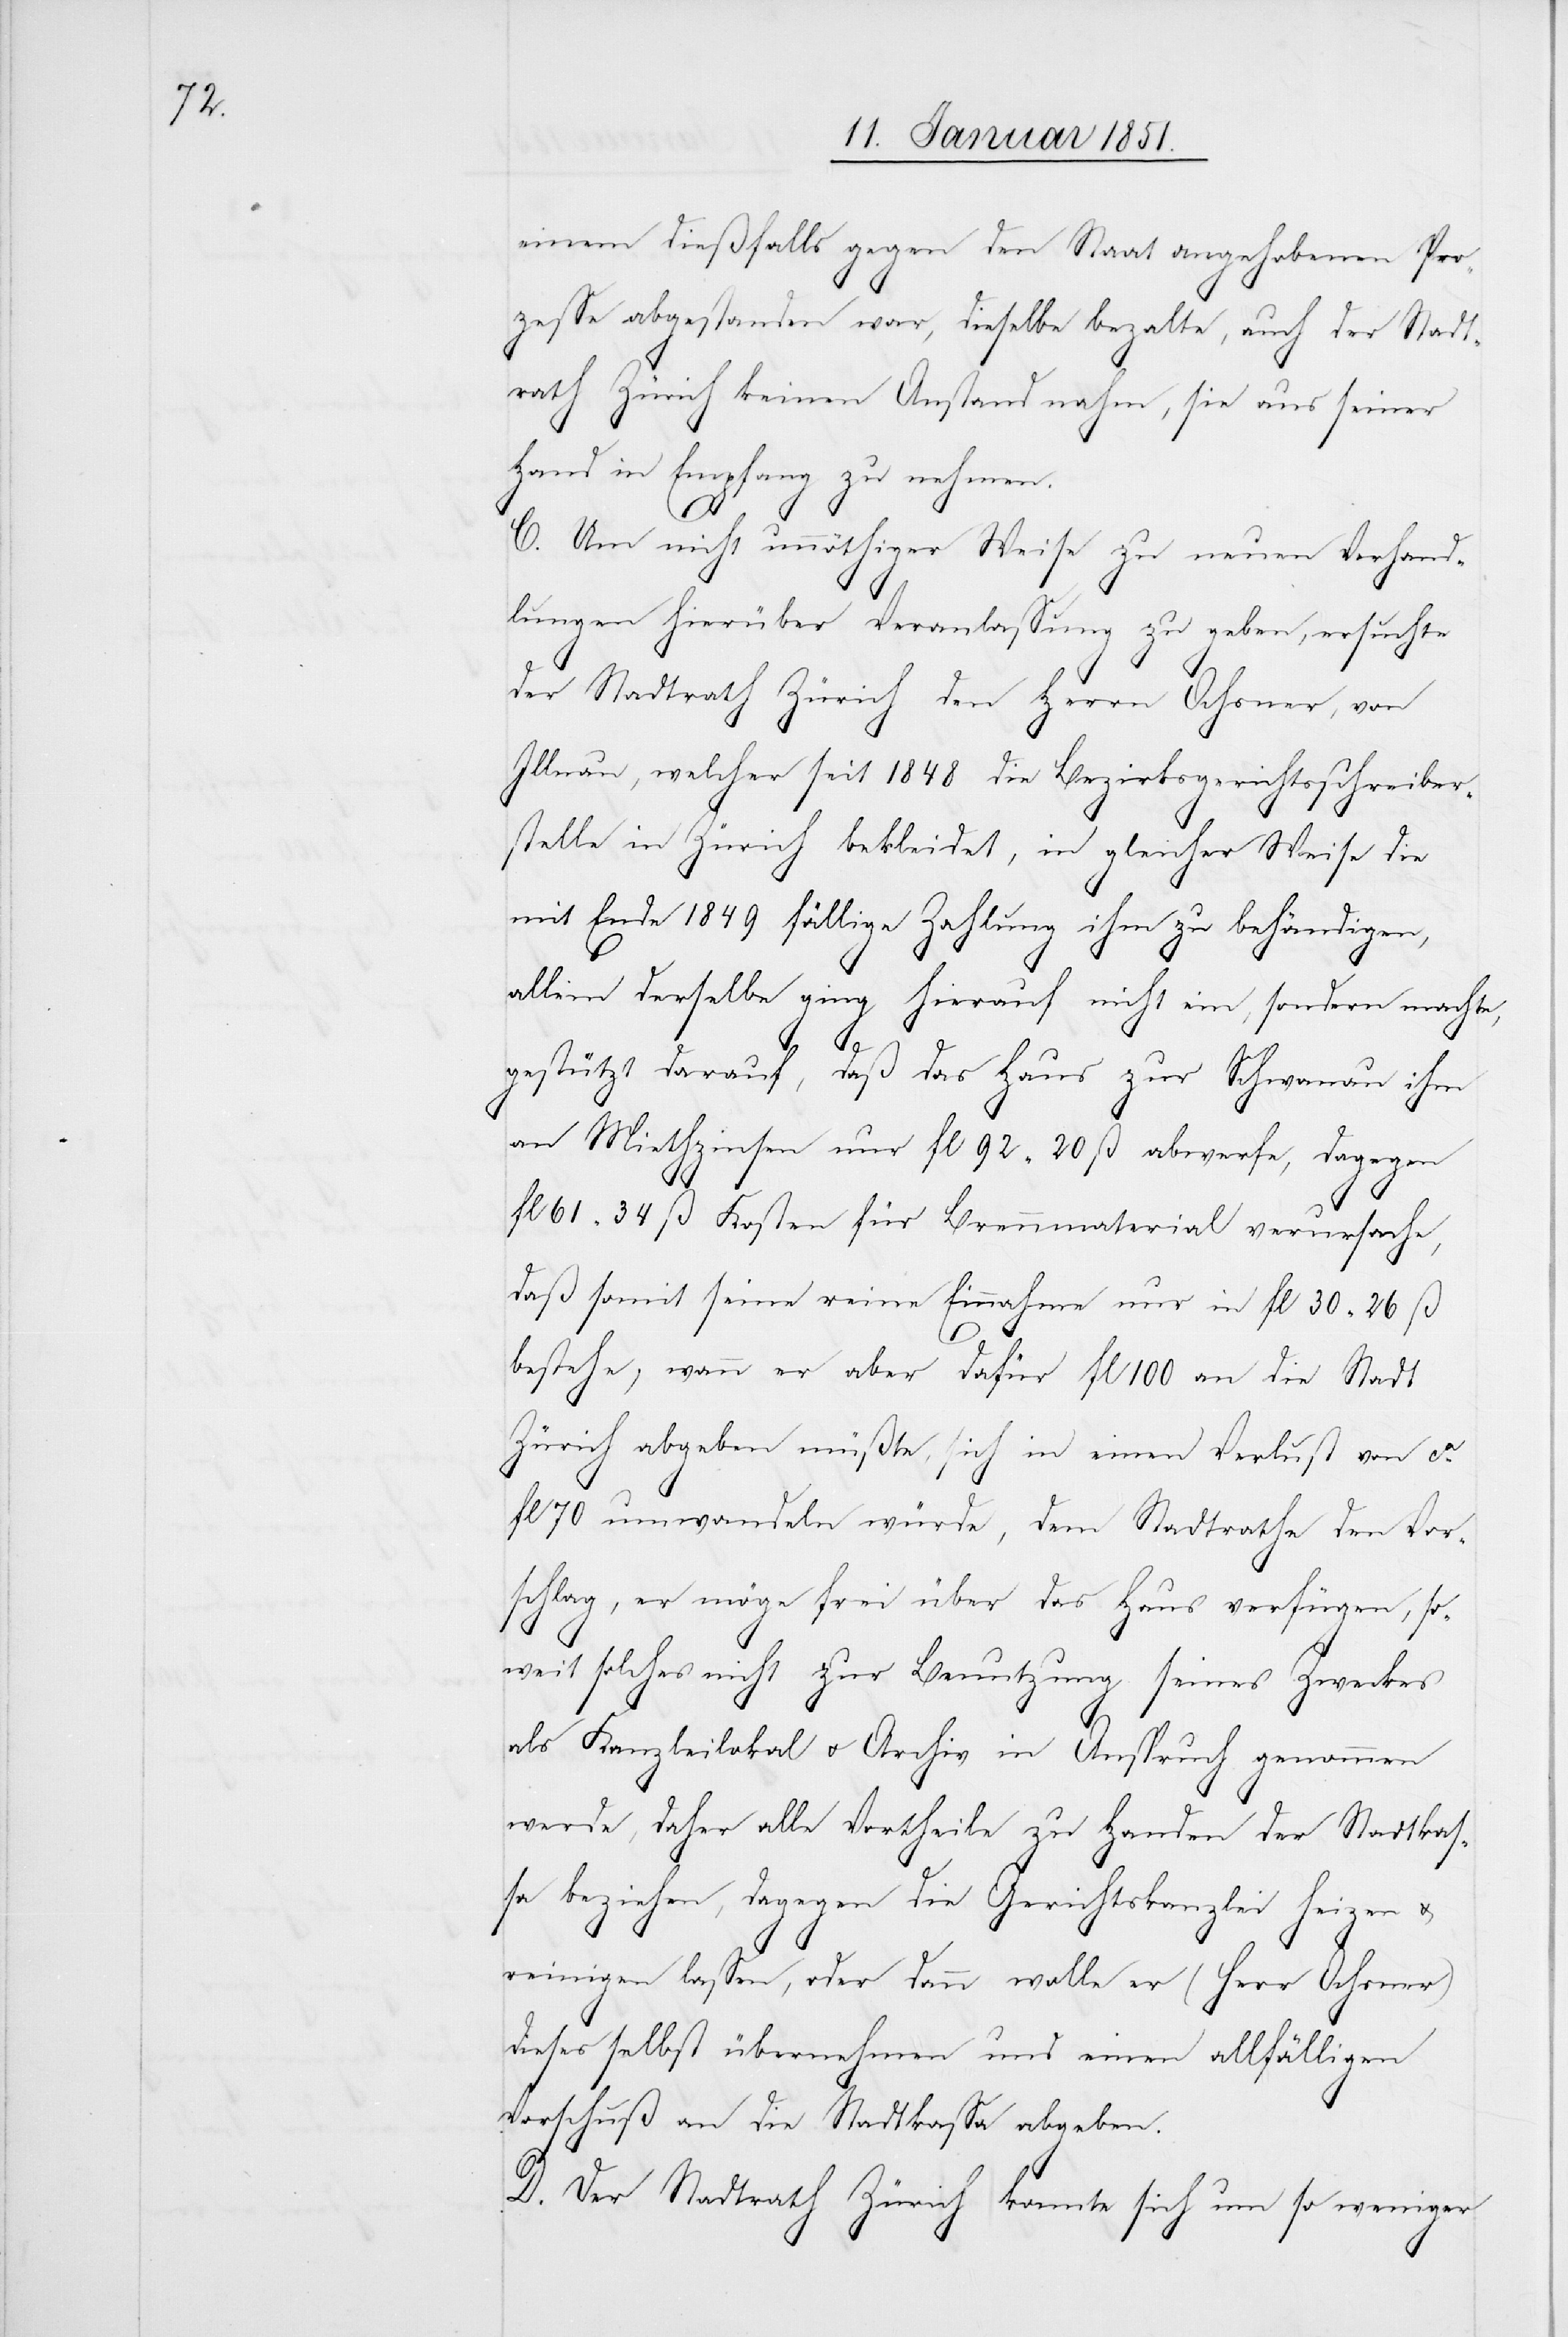
einem dießfalls gegen den Staat angehobenen Pro¬
zesse abgestanden war, dieselbe beza[h]lte, auch der Stadt¬
rath Zürich keinen Anstand nahm, sie aus seiner
Hand in Empfang zu nehmen.
C. Um nicht unnöthiger Weise zu neuen Verhand¬
lungen hierüber Veranlassung zu geben, ersuchte
der Stadtrath Zürich den Herrn Ochsner, von
Illnau, welcher seit 1848 die Bezirksgerichtsschreiber¬
stelle in Zürich bekleidet, in gleicher Weise die
mit Ende 1849 fällige Zahlung ihm zu behändigen,
allein derselbe ging hierauf nicht ein, sondern machte,
gestützt darauf, daß das Haus zur Schwanau ihm
an Miethzinsen nur fl 92 20 ß abwerfe, dagegen
fl 61 34 ß Kosten für Brennmaterial verursache,
daß somit seine reine Einnahme nur in fl 30 26 ß
bestehe, wann er aber dafür fl 100 an die Stadt
Zürich abgeben müßte, sich in einen Verlust von ca.
fl 70 umwandeln würde, dem Stadtrathe den Vor¬
schlag, er möge frei über das Haus verfügen, so¬
weit solches nicht zur Benutzung seines Zweckes
als Kanzleilokal u. Archiv in Anspruch genommen
werde, daher alle Vortheile zu Handen der Stadtkas¬
sa beziehen, dagegen die Gerichtskanzlei heizen &
reinigen lassen, oder dann wolle er (Herr Ochsner)
dieses selbst übernehmen und einen allfälligen
Vorschuß an die Stadtkassa abgeben.
D. Der Stadtrath Zürich konnte sich um so weniger